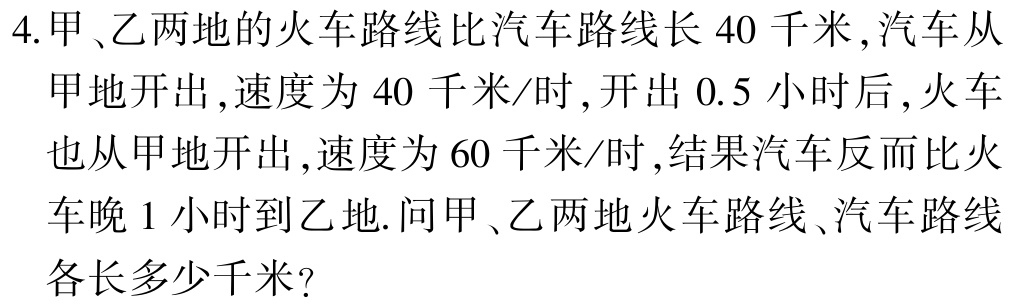
4.甲、乙两地的火车路线比汽车路线长 40 千米,汽车从
甲地开出,速度为 40 千米/时,开出 0.5 小时后,火车
也从甲地开出,速度为 60 千米/时,结果汽车反而比火
车晚 1 小时到乙地.问甲、乙两地火车路线、汽车路线
各长多少千米?